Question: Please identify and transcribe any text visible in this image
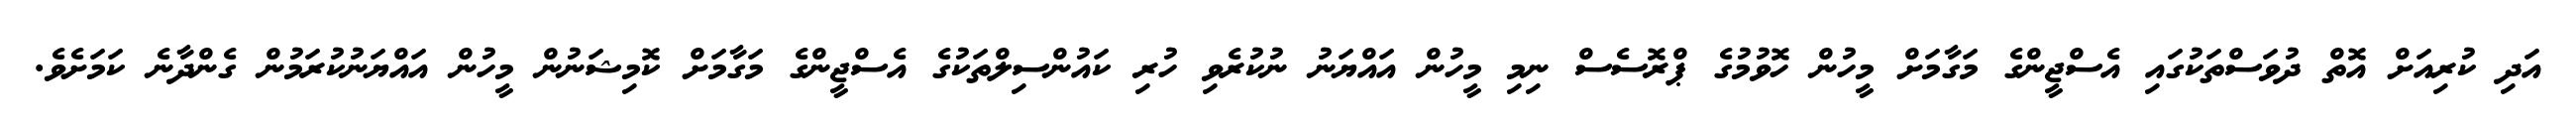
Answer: އަދި ކުރިއަށް އޮތް ދުވަސްތަކުގައި އެސްޖީންގެ މަގާމަށް މީހުން ހޮވުމުގެ ޕްރޮސެސް ނިމި މީހުން އައްޔަނު ނުކުރެވި ހުރި ކައުންސިލްތަކުގެ އެސްޖީންގެ މަގާމަށް ކޮމިޝަނުން މީހުން އައްޔަނުކުރަމުން ގެންދާނެ ކަމަށެވެ.